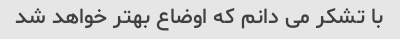
با تشکر می دانم که اوضاع بهتر خواهد شد